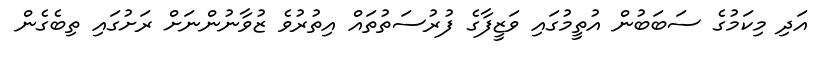
އަދި މިކަމުގެ ސަބަބުން އުތީމުގައި ވަޒީފާގެ ފުރުސަތުތައް އިތުރުވެ ޒުވާނުންނަށް ރަށުގައި ތިބެގެން